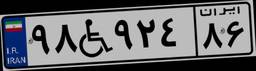
۹۸W۹۲۴۸۶